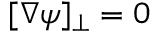
[ \nabla \psi ] _ { \bot } = 0